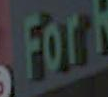
For